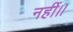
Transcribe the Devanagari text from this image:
नहीं।।